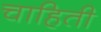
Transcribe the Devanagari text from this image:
चाहिती